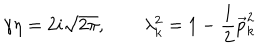
\gamma \eta = 2 i \sqrt { 2 \pi } , \qquad \lambda _ { k } ^ { 2 } = 1 - \frac { 1 } { 2 } \vec { p } _ { k } ^ { 2 }